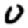
Digit: 0